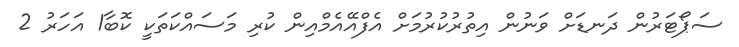
ސަޕޯޓަރުން ދަނޑަށް ވަނުން އިތުރުކުރުމަށް އެފްއޭއެމްއިން ކުރި މަސައްކަތަކީ ކޮބާ1 އަހަރު 2